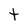
Character: t